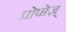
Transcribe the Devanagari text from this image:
प्रोपोज़्